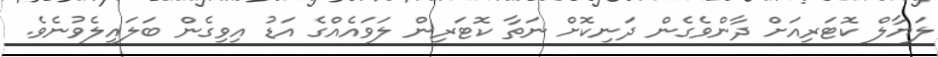
ލަޔާލް ކޮޓަރިއަށް ދާންވެގެން ދަނިކޮށް ނަތާ ކޮޓަރިން ލަވައެއްގެ އަޑު އިވިގެން ބަލައިލެވުނެވެ.